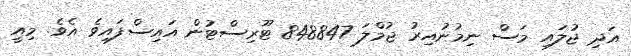
އަދި ޖުލައި މަސް ނިމުނުއިރު ޖުމްލަ 848847 ޓޫރިސްޓުން އައިސްފައިވެ އެވެ. މިއީ